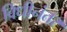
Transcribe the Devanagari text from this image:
विधीनंतर